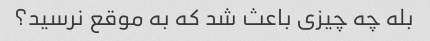
بله چه چیزی باعث شد که به موقع نرسید؟